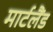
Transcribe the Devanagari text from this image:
मार्टलैंड